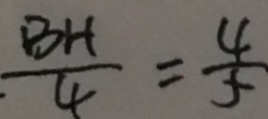
\frac { B H } { 4 } = \frac { 4 } { 5 }